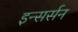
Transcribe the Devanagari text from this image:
इन्सर्सन